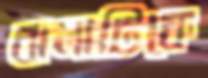
ঝলাটিকে